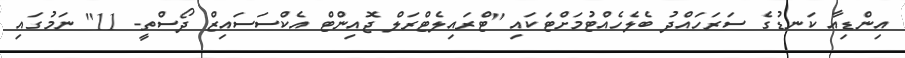
އިންޑިއާ ކަނޑުގެ ސަރަހައްދު ބެލެހެއްޓުމަށްޓަކައި "ޓްރައިލެޓްރަލް ޖޮއިންޓް އެކްސަސައިޒް ދޯސްތީ- 11" ނަމުގައި